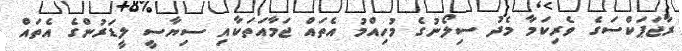
ރާޖަޕަކްސަގެ ވެރިކަމާ މެދު ސިލޯނުގެ މުހިއްމު އެތައް ޖަމާއަތަކާއި ސިޔާސީ ލީޑަރުންގެ އެތައް